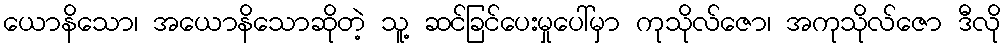
ယောနိသော၊ အယောနိသောဆိုတဲ့ သူ့ ဆင်ခြင်ပေးမှုပေါ်မှာ ကုသိုလ်ဇော၊ အကုသိုလ်ဇော ဒီလို